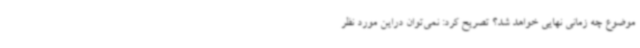
موضوع چه زمانی نهایی خواهد شد؟ تصریح کرد: نمی‌توان دراین مورد نظر